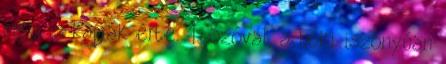
meg is kapják érte. 1. Szóval, a hoki iszonyúan